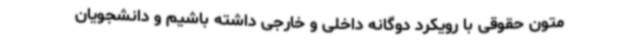
متون حقوقی با رویکرد دوگانه داخلی و خارجی داشته باشیم و دانشجویان